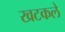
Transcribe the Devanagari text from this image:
खटकले